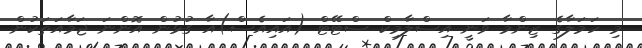
މި ހަމަލާގެ ޒިންމާ ވަނީ އިސްލާމިކް ސްޓޭޓް (އައިއެސް)އާ ގުޅުން އޮންނަ ޖަމާއަތަކުން